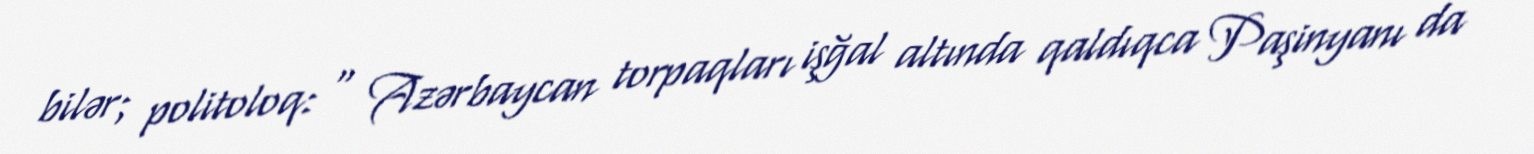
bilər; politoloq: “ Azərbaycan torpaqları işğal altında qaldıqca Paşinyanı da